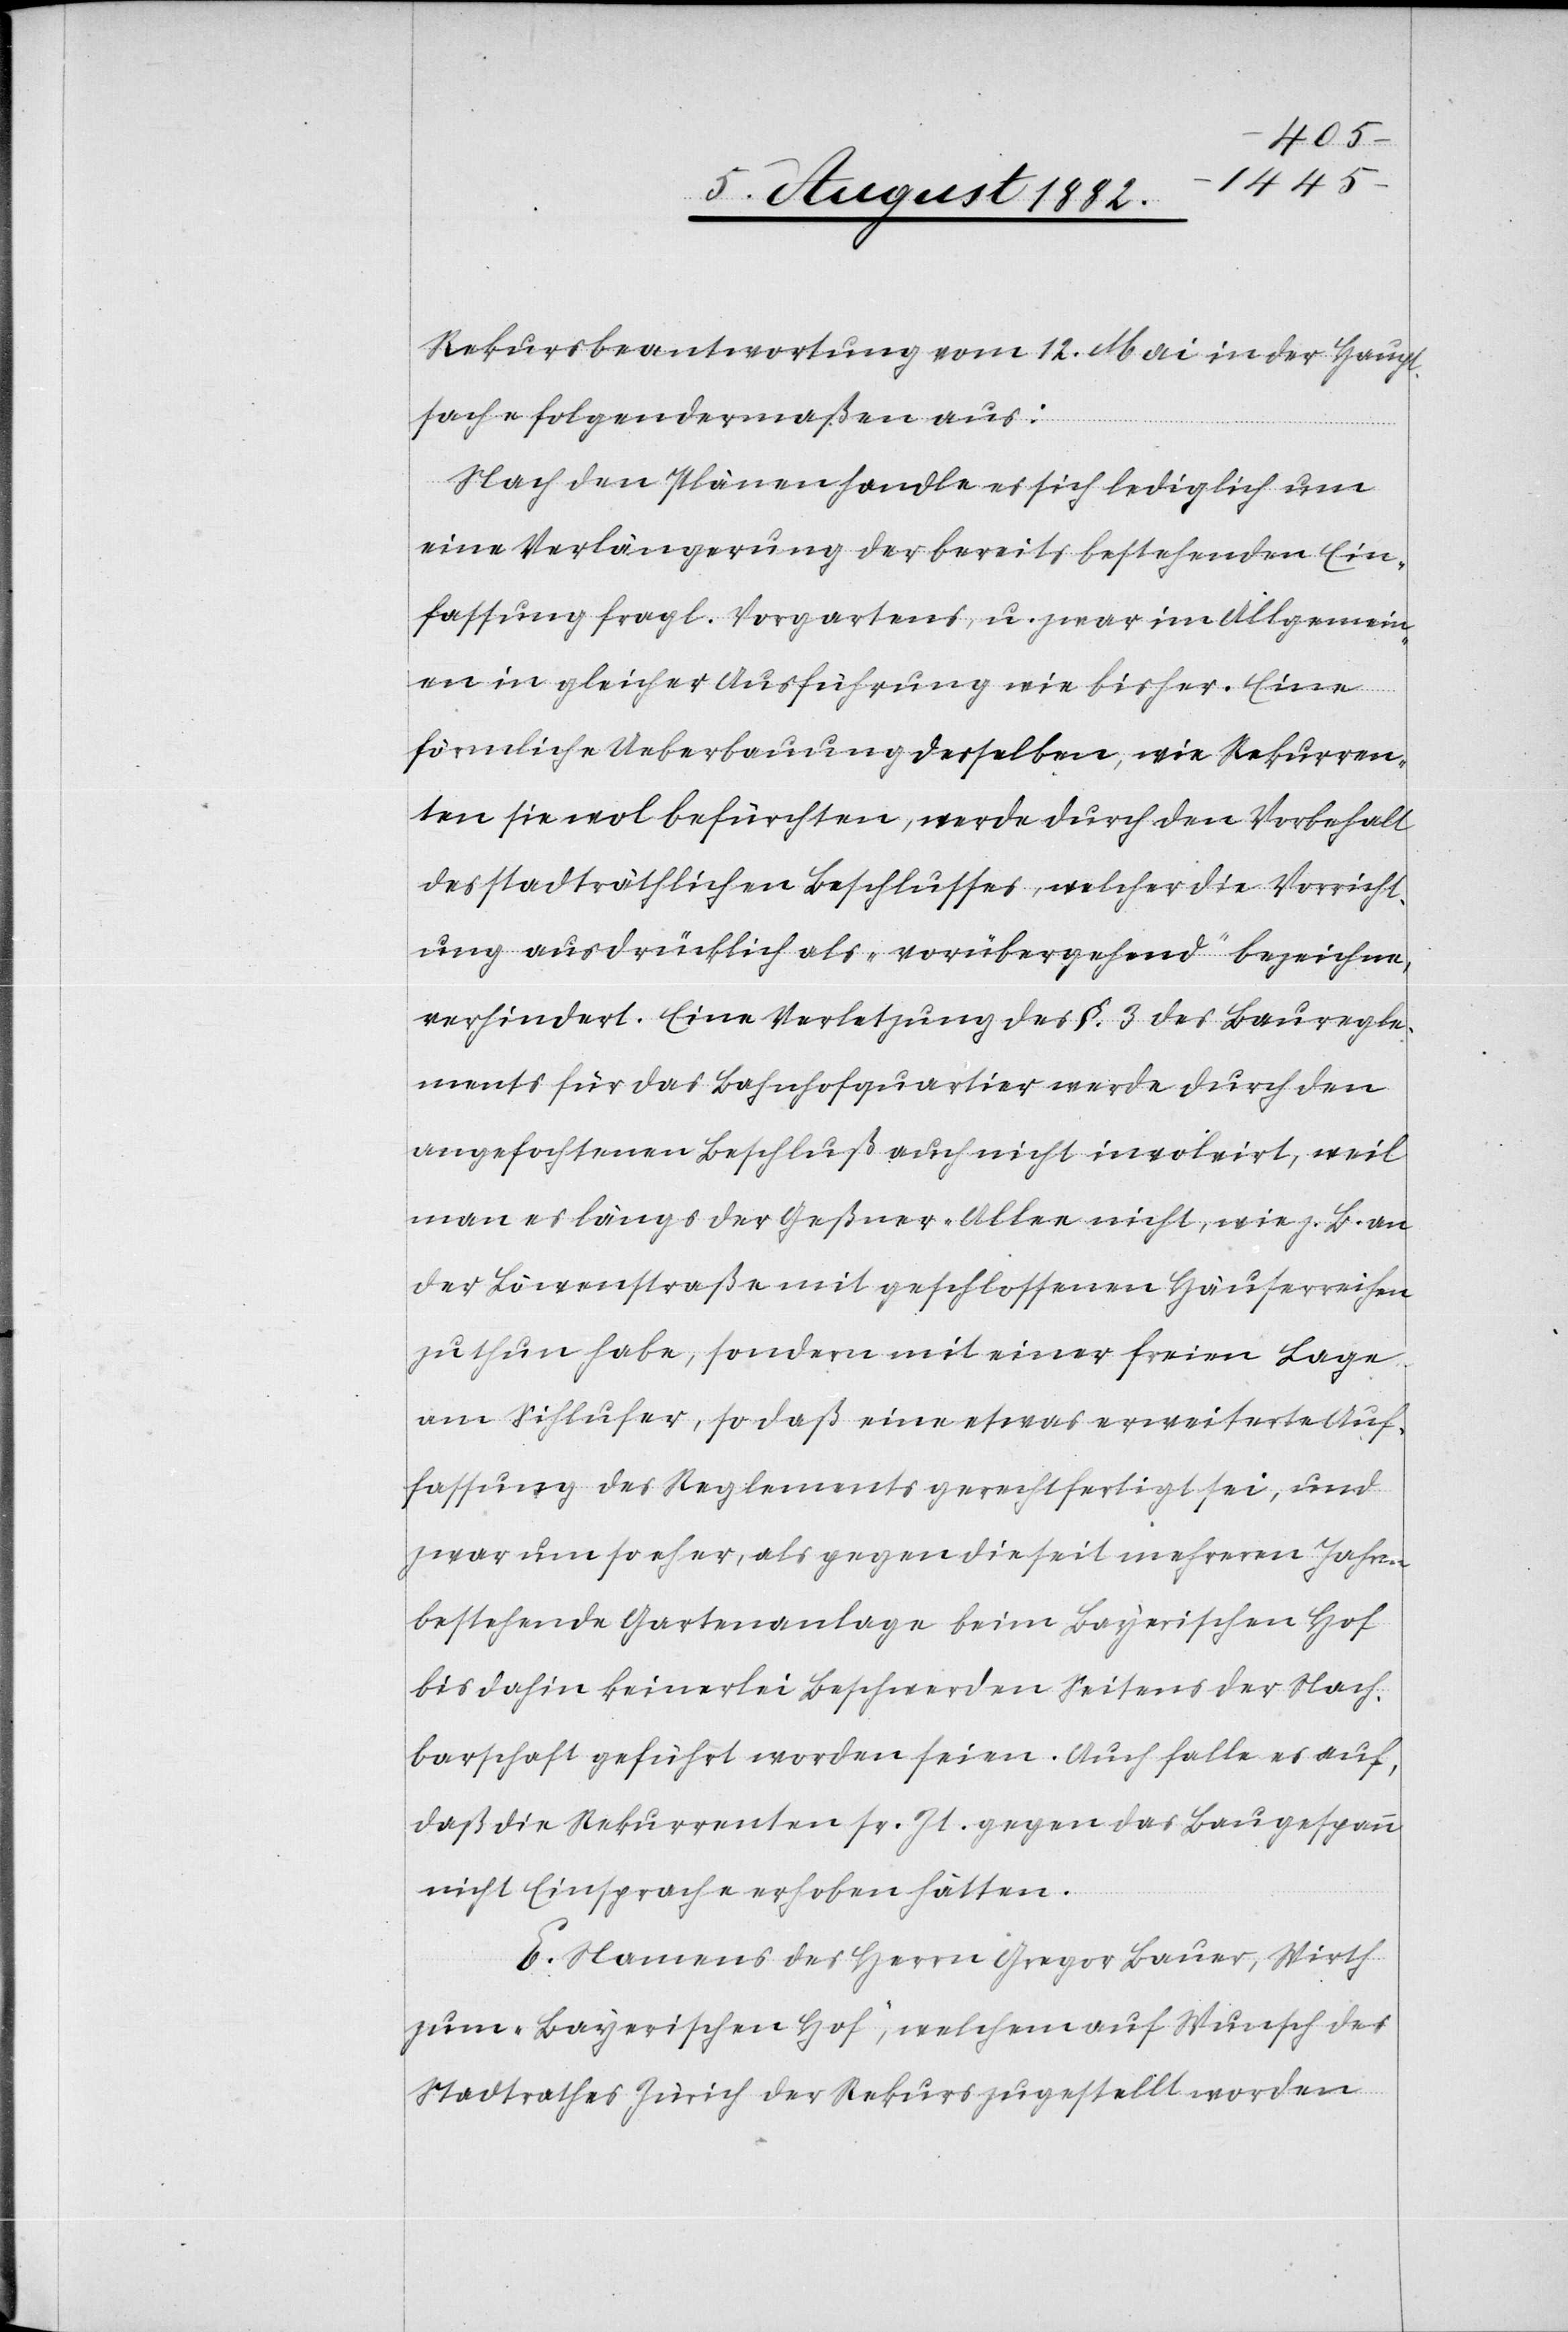
Rekursbeantwortung vom 12. Mai in der Haupt¬
sache folgendermaßen aus:
Nach den Plänen handle es sich lediglich um
eine Verlängerung der bereits bestehenden Ein¬
fassung fragl. Vorgartens, u. zwar im Allgemein¬
en in gleicher Ausführung wie bisher. Eine
förmliche Ueberbauung desselben, wie Rekurren¬
ten sie wol befürchten, werde durch den Vorbehalt
des stadträthlichen Beschlusses, welcher die Vorricht¬
ung ausdrücklich als „vorübergehend“ bezeichne,
verhindert. Eine Verletzung des §. 3 des Bauregle¬
ments für das Bahnhofquartier werde durch den
angefochtenen Beschluß auch nicht involvirt, weil
man es längs der Geßner-Allee nicht, wie z. B. an
der Löwenstraße mit geschlossenen Häuserreihen
zu thun habe, sondern mit einer freien Lage
am Sihlufer, so daß eine etwas erweiterte Auf¬
fassung des Reglements gerechtfertigt sei, und
zwar um so eher, als gegen die seit mehreren Jahren
bestehende Gartenanlage beim Bayerischen Hof
bis dahin keinerlei Beschwerden Seitens der Nach¬
barschaft geführt worden seien. Auch falle es auf,
daß die Rekurrenten sr. Zt. gegen das Hauptgespann
nicht Einsprache erhoben hätten.
E. Namens des Herrn Gregor Bauer, Wirth
zum „Bayerischen Hof“, welchem auf Wunsch des
Stadtrathes Zürich der Rekurs zugestellt worden